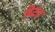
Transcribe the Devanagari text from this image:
थ्रेटंड